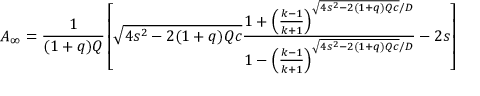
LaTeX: A _ { \infty } = \frac { 1 } { ( 1 + q ) Q } \left[ \sqrt { 4 s ^ { 2 } - 2 ( 1 + q ) Q c } \frac { 1 + \left( \frac { k - 1 } { k + 1 } \right) ^ { \sqrt { 4 s ^ { 2 } - 2 ( 1 + q ) Q c } / D } } { 1 - \left( \frac { k - 1 } { k + 1 } \right) ^ { \sqrt { 4 s ^ { 2 } - 2 ( 1 + q ) Q c } / D } } - 2 s \right]